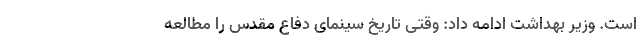
است. وزیر بهداشت ادامه داد: وقتی تاریخ سینمای دفاع مقدس را مطالعه